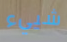
شييء